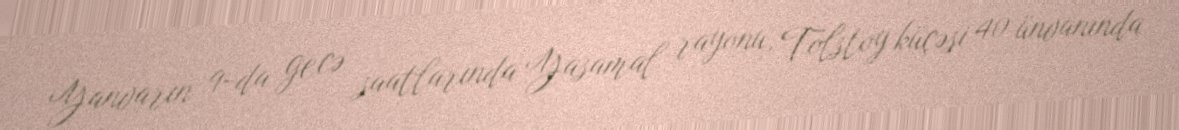
Yanvarın 9-da gecə saatlarında Yasamal rayonu, Tolstoy küçəsi 40 ünvanında